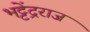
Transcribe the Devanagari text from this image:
भट्टेंद्रराज